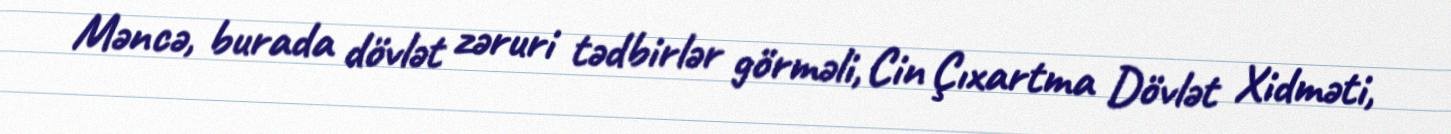
Məncə, burada dövlət zəruri tədbirlər görməli, Cin Çıxartma Dövlət Xidməti,